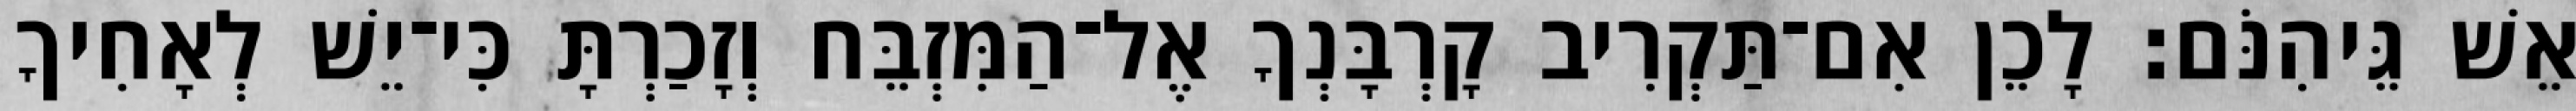
אֵשׁ גֵּיהִנֹּם׃ לָכֵן אִם־תַּקְרִיב קָרְבָּנְךָ אֶל־הַמִּזְבֵּח וְזָכַרְתָּ כִּי־יֵשׁ לְאָחִיךָ